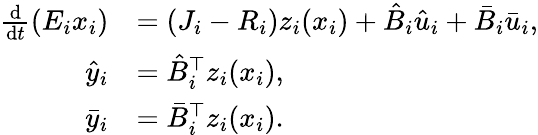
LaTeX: \begin{array}{rl}{\frac{\mathrm{d}}{\mathrm{d}t}(E_{i}x_{i})}&{=(J_{i}-R_{i})z_{i}(x_{i})+\hat{B}_{i}\hat{u}_{i}+\bar{B}_{i}\bar{u}_{i},}\\ {\hat{y}_{i}}&{=\hat{B}_{i}^{\top}z_{i}(x_{i}),}\\ {\bar{y}_{i}}&{=\bar{B}_{i}^{\top}z_{i}(x_{i}).}\end{array}